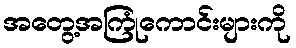
အတွေ့အကြုံကောင်းများကို